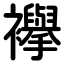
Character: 襷